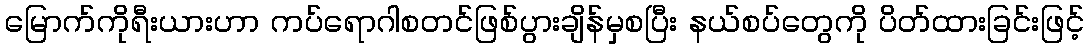
မြောက်ကိုရီးယားဟာ ကပ်ရောဂါစတင်ဖြစ်ပွားချိန်မှစပြီး နယ်စပ်တွေကို ပိတ်ထားခြင်းဖြင့်